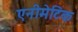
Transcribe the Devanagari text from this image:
एनीमेटिक